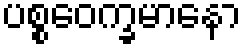
ပစ္စဝေက္ခမာနော